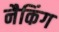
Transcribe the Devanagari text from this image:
नैकिंग